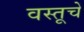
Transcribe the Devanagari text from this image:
वस्तूचें